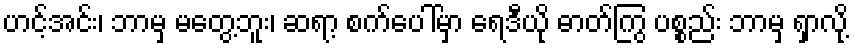
ဟင့်အင်း၊ ဘာမှ မတွေ့ဘူး၊ ဆရာ့ စက်ပေါ်မှာ ရေဒီယို ဓာတ်ကြွ ပစ္စည်း ဘာမှ ရှာလို့